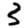
Digit: 3